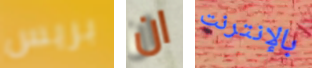
بريس ان بالإنترنت